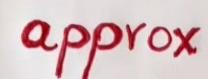
approx